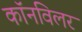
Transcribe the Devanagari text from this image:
कॉनविलर